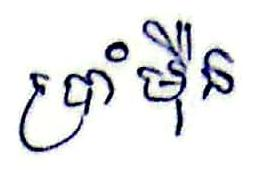
ប្រាំម៉ឺន